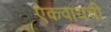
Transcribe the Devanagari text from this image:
ऐकवायची